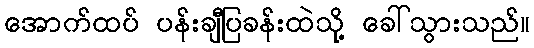
အောက်ထပ် ပန်းချီပြခန်းထဲသို့ ခေါ်သွားသည်။